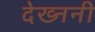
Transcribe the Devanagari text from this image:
देख्ननी